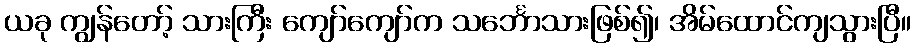
ယခု ကျွန်တော့် သားကြီး ကျော်ကျော်က သင်္ဘောသားဖြစ်၍၊ အိမ်ထောင်ကျသွားပြီ။